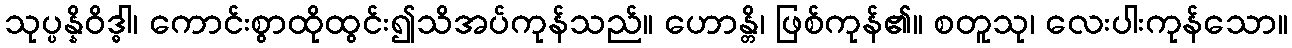
သုပ္ပန္နိဝိဒ္ဓါ၊ ကောင်းစွာထိုထွင်း၍သိအပ်ကုန်သည်။ ဟောန္တိ၊ ဖြစ်ကုန်၏။ စတူသု၊ လေးပါးကုန်သော။